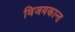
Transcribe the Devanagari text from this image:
विजयकान्त